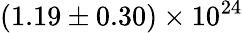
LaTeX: \mathrm{{(1.19\pm 0.30)\times 10^{24}}}